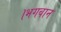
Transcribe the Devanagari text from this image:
।भगवान